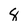
Character: 8